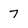
Character: 7